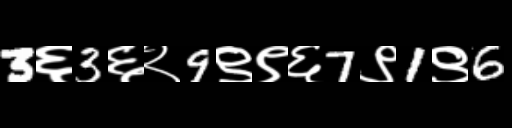
Text: 3६3६२9९९६7९1९6